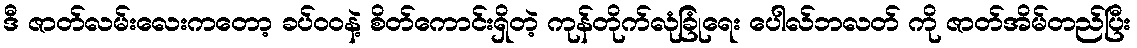
ဒီ ဇာတ်လမ်းလေးကတော့ ခပ်ဝဝနဲ့ စိတ်ကောင်းရှိတဲ့ ကုန်တိုက်လုံခြုံရေး ပေါလ်ဘလတ် ကို ဇာတ်အိမ်တည်ပြီး